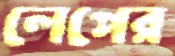
লেপের